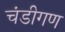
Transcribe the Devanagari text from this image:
चंडीगण